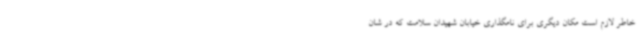
خاطر لازم است مکان دیگری برای نامگذاری خیابان شهیدان سلامت که در شان